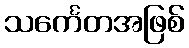
သင်္ကေတအဖြစ်